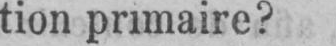
tion primaire?